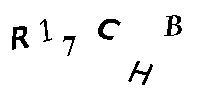
R17CHB